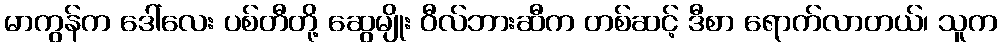
မာကွန်က ဒေါ်လေး ပစ်တီတို့ ဆွေမျိုး ဝီလ်ဘားဆီက တစ်ဆင့် ဒီစာ ရောက်လာတယ်၊ သူက